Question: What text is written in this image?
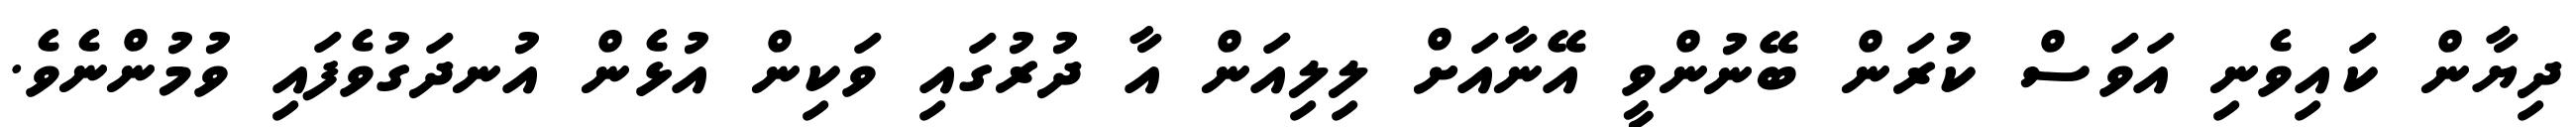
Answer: ދިޔާން ކައިވެނި އަވަސް ކުރަން ބޭނުންވީ އޭނާއަށް ލިލިއަން އާ ދުރުގައި ވަކިން އުޅެން އުނދަގުވެފައި ވުމުންނެވެ.